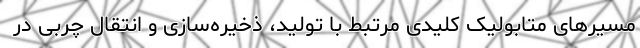
مسیرهای متابولیک کلیدی مرتبط با تولید، ذخیره‌سازی و انتقال چربی در